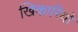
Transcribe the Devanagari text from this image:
खिकारियों